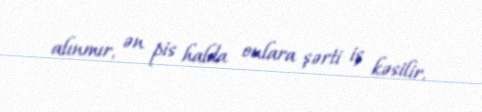
alınmır, ən pis halda onlara şərti iş kəsilir.